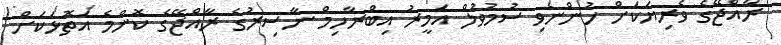
ރާއްޖޭގެ ވެރިޔަކަށް ހުންނެވި ސުމުވުލް އަމީރު އިބްރާހިމް ނާސިރުގެ ރާއްޖޭގެ ކޮންމެ އަތޮޅަކަށް